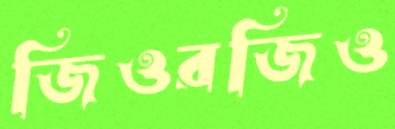
জিওরজিও